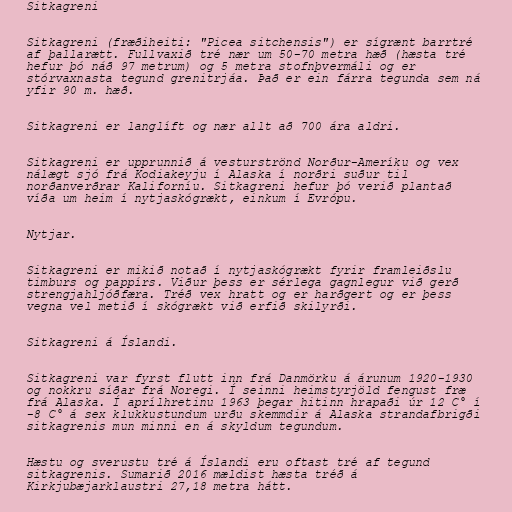
Sitkagreni

Sitkagreni (fræðiheiti: "Picea sitchensis") er sígrænt barrtré
af þallarætt. Fullvaxið tré nær um 50-70 metra hæð (hæsta tré
hefur þó náð 97 metrum) og 5 metra stofnþvermáli og er
stórvaxnasta tegund grenitrjáa. Það er ein fárra tegunda sem ná
yfir 90 m. hæð.

Sitkagreni er langlíft og nær allt að 700 ára aldri.

Sitkagreni er upprunnið á vesturströnd Norður-Ameríku og vex
nálægt sjó frá Kodiakeyju í Alaska í norðri suður til
norðanverðrar Kaliforníu. Sitkagreni hefur þó verið plantað
víða um heim í nytjaskógrækt, einkum í Evrópu.

Nytjar.

Sitkagreni er mikið notað í nytjaskógrækt fyrir framleiðslu
timburs og pappírs. Viður þess er sérlega gagnlegur við gerð
strengjahljóðfæra. Tréð vex hratt og er harðgert og er þess
vegna vel metið í skógrækt við erfið skilyrði.

Sitkagreni á Íslandi.

Sitkagreni var fyrst flutt inn frá Danmörku á árunum 1920-1930
og nokkru síðar frá Noregi. Í seinni heimstyrjöld fengust fræ
frá Alaska. Í aprílhretinu 1963 þegar hitinn hrapaði úr 12 C° í
-8 C° á sex klukkustundum urðu skemmdir á Alaska strandafbrigði
sitkagrenis mun minni en á skyldum tegundum.

Hæstu og sverustu tré á Íslandi eru oftast tré af tegund
sitkagrenis. Sumarið 2016 mældist hæsta tréð á
Kirkjubæjarklaustri 27,18 metra hátt.